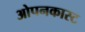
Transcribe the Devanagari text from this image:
ओपनकास्ट